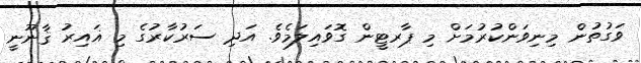
ވަގުތުން މިނިވަންކުރުމަށް މި ޕާރޓީން ގޮވައިލަމެވެ. އަދި ސަރުކާރުގެ މި ޣައިރު ޤާނޫނީ